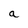
Character: a